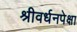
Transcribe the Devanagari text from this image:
श्रीवर्धनपेक्षा